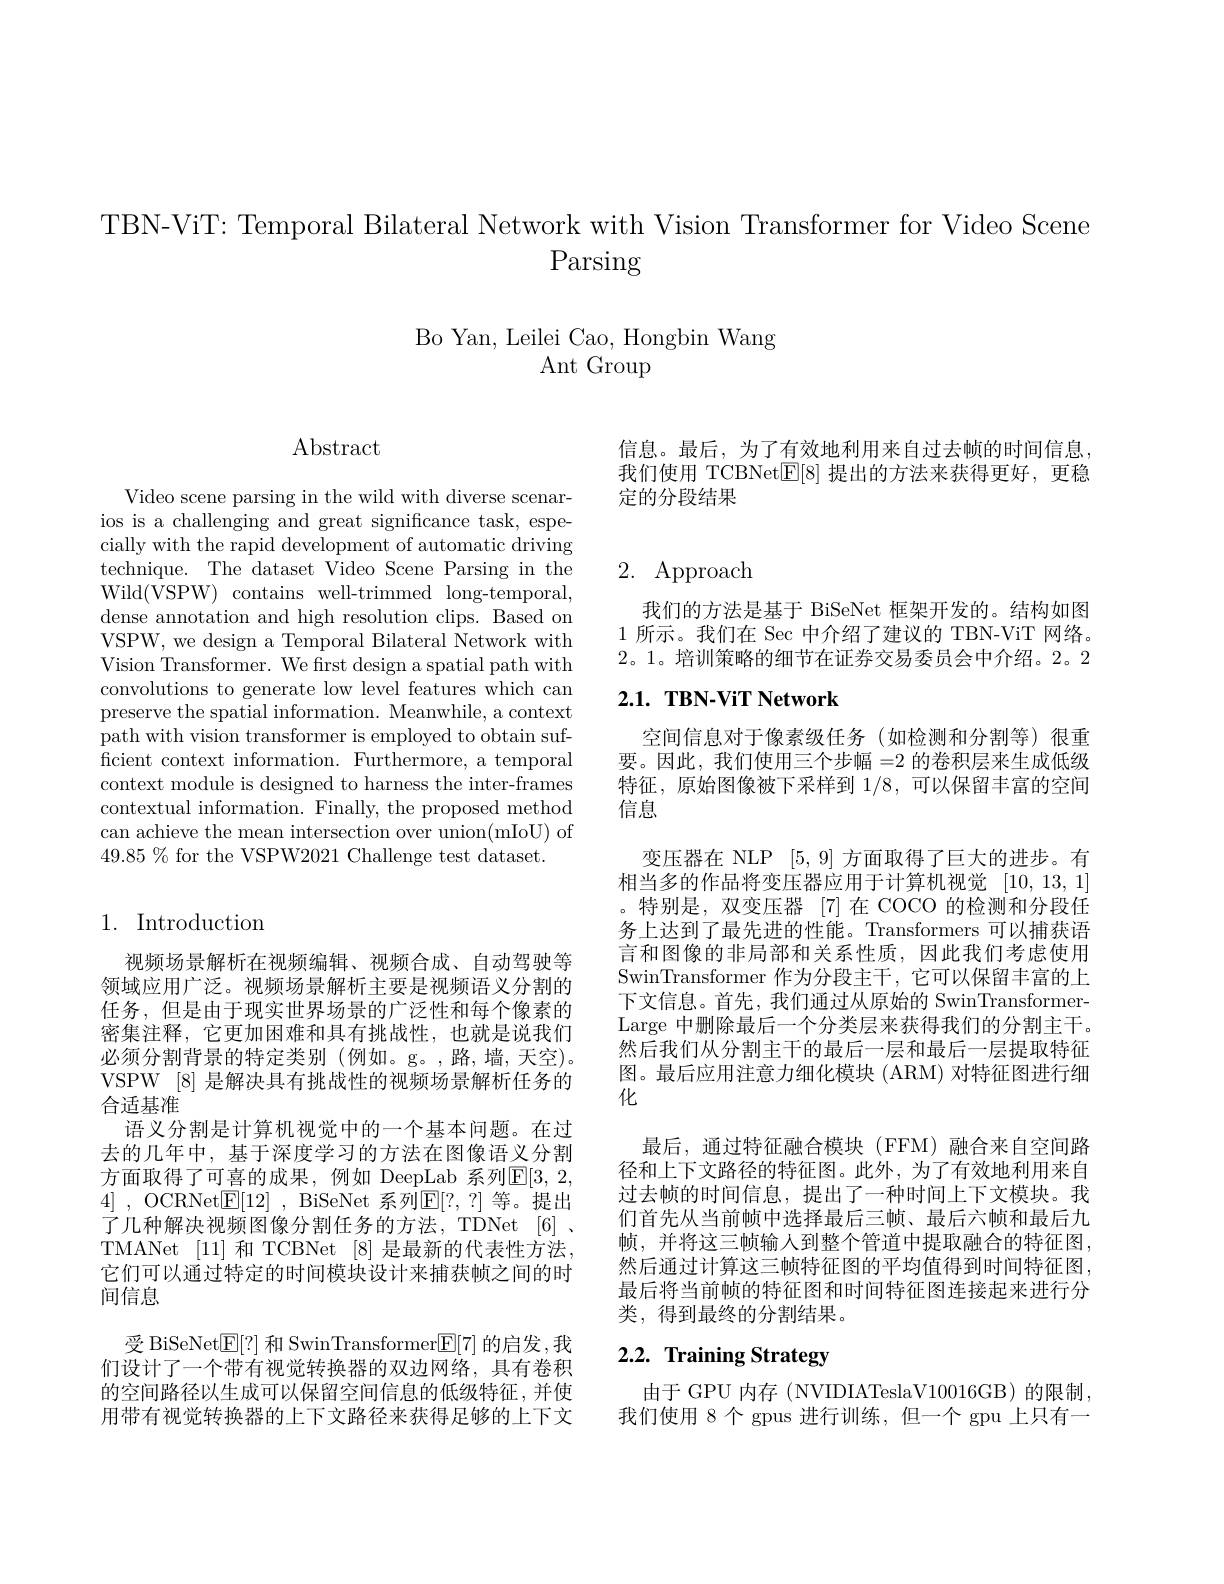
TBN-ViT: Temporal Bilateral Network with Vision Transformer for Video Scene
Parsing

Bo Yan, Leilei Cao, Hongbin Wang
Ant Group

信息。最后，为了有效地利用来自过去帧的时间信息， 我们使用 TCBNet$\boxed{\mathbb{E}}[8]$提出的方法来获得更好，更稳定的分段结果

$\operatorname{Abstract}$

Video scene parsing in the wild with diverse scenarios is a challenging and great significance task, especially with the rapid development of automatic driving technique. The dataset Video Scene Parsing in the Wild(VSPW) contains well-trimmed long-temporal, dense annotation and high resolution clips. Based on VSPW, we design a Temporal Bilateral Network with Vision Transformer. We frst design a spatial path with convolutions to generate low level features which can preserve the spatial information. Meanwhile, a context path with vision transformer is employed to obtain sufficient context information. Furthermore, a temporal context module is designed to harness the inter-frames contextual information. Finally, the proposed method can achieve the mean intersection over union(mIoU) of $49.85\%$ for the VSPW2021 Challenge test dataset.

## 1. Introduction

视频场景解析在视频编辑、视频合成、自动驾驶等领域应用广泛。视频场景解析主要是视频语义分割的任务，但是由于现实世界场景的广泛性和每个像素的密集注释，它更加困难和具有挑战性，也就是说我们必须分割背景的特定类别 (例如。g。,路，墙，天空)。VSPW [8] 是解决具有挑战性的视频场景解析任务的合适基准
语义分割是计算机视觉中的一个基本问题。在过去的几年中，基于深度学习的方法在图像语义分割方面取得了可喜的成果，例如 DeepLab 系列$\mathbb{E}[3,2$, 4] , OCRNet$\underline {\mathrm{E} }[ 12]$ , BiSeNet 系列$\underline{\mathrm{E}}[?,?]$等。提出了几种解决视频图像分割任务的方法，TDNet [6] . TMANet [11] 和 TCBNet [8] 是最新的代表性方法， 它们可以通过特定的时间模块设计来捕获帧之间的时间信息

受 BiSeNet$\underline{\mathrm{E}}[?]$ 和 SwinTransformer$\underline{\mathrm{E}}[7]$ 的启发，我们设计了一个带有视觉转换器的双边网络，具有卷积的空间路径以生成可以保留空间信息的低级特征，并使用带有视觉转换器的上下文路径来获得足够的上下文

# 2. Approach

我们的方法是基于 BiSeNet 框架开发的。结构如图1所示。我们在 Sec 中介绍了建议的 TBN-ViT 网络。2。1。培训策略的细节在证券交易委员会中介绍。2。2

## $2. 1. \textbf{ TBN- ViT Network}$

空间信息对于像素级任务(如检测和分割等)很重要。因此，我们使用三个步幅=2的卷积层来生成低级特征，原始图像被下采样到1/8,可以保留丰富的空间信息
变压器在 NLP [5,9] 方面取得了巨大的进步。有相当多的作品将变压器应用于计算机视觉 [10,13,1] 。特别是，双变压器 [7]在 COCO 的检测和分段任务上达到了最先进的性能。Transformers 可以捕获语言和图像的非局部和关系性质，因此我们考虑使用SwinTransformer 作为分段主干，它可以保留丰富的上下文信息。首先，我们通过从原始的 SwinTransformerLarge 中删除最后一个分类层来获得我们的分割主干。然后我们从分割主干的最后一层和最后一层提取特征图。最后应用注意力细化模块 (ARM) 对特征图进行细化
最后，通过特征融合模块(FFM)融合来自空间路径和上下文路径的特征图。此外，为了有效地利用来自过去帧的时间信息，提出了一种时间上下文模块。我们首先从当前帧中选择最后三帧、最后六帧和最后九帧，并将这三帧输入到整个管道中提取融合的特征图， 然后通过计算这三帧特征图的平均值得到时间特征图， 最后将当前帧的特征图和时间特征图连接起来进行分类，得到最终的分割结果。

# 2.2. Training Strategy

由于 GPU 内存 (NVIDIATeslaV10016GB) 的限制， 我们使用 8 个 gpus 进行训练，但一个 gpu 上只有一